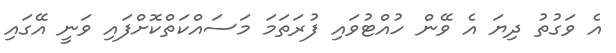
އެ ވަގުތު ދިޔަ އެ ވޭން ހުއްޓުވައި ފުރަތަމަ މަސައްކަތްކޮށްފައި ވަނީ އޭގައި